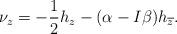
LaTeX: \begin{align*}\nu_z=-\frac{1}{2}h_z-(\alpha-I\beta)h_{\overline{z}}.\end{align*}